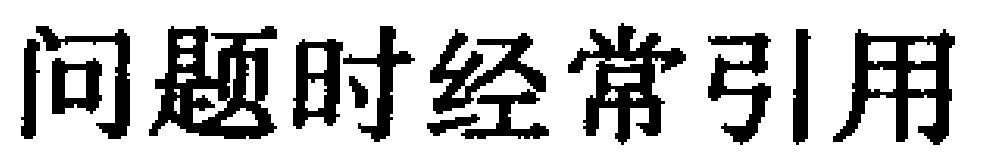
问题时经常引用